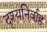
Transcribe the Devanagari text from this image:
दृश्यनिर्वाह